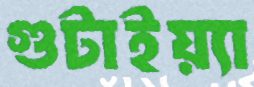
গুটাইয়্যা